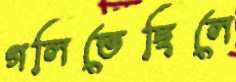
গলিতেছিলে